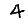
Digit: 4